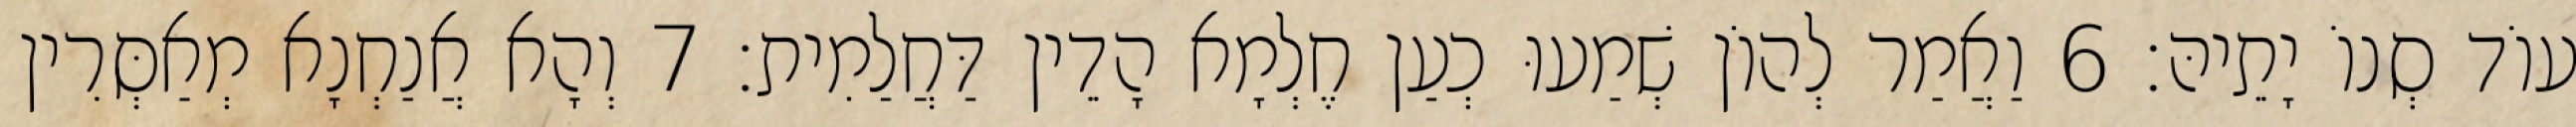
עוֹד סְנוֹ יָתֵיהּ׃ 6 וַאֲמַר לְהוֹן שְׁמַעוּ כְעַן חֶלְמָא הָדֵין דַּחֲלַמִית׃ 7 וְהָא אֲנַחְנָא מְאַסְּרִין